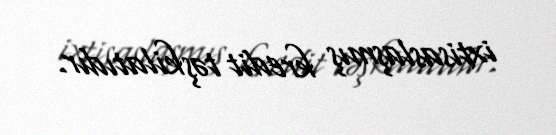
ixtisaslaşmış kredit təşkilatıdır.